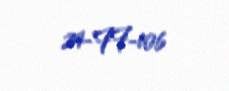
24-FF-106